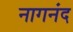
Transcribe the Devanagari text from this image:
नागनंद